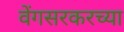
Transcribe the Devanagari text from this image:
वेंगसरकरच्या